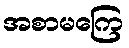
အစာမကြေ